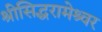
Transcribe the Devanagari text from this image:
श्रीसिद्धरामेश्र्वर